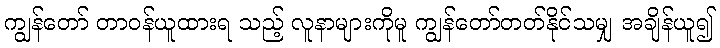
ကျွန်တော် တာဝန်ယူထားရ သည့် လူနာများကိုမူ ကျွန်တော်တတ်နိုင်သမျှ အချိန်ယူ၍